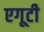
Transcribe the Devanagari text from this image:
एगूटी